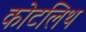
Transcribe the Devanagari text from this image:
कोटलिथ